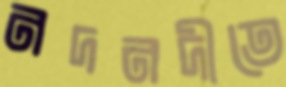
নদনদীতে